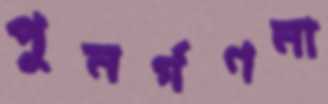
পুনর্গণনা